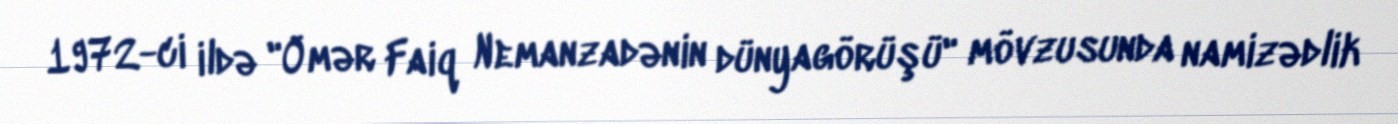
1972-ci ildə "Ömər Faiq Nemanzadənin dünyagörüşü" mövzusunda namizədlik